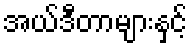
အယ်ဒီတာများနှင့်